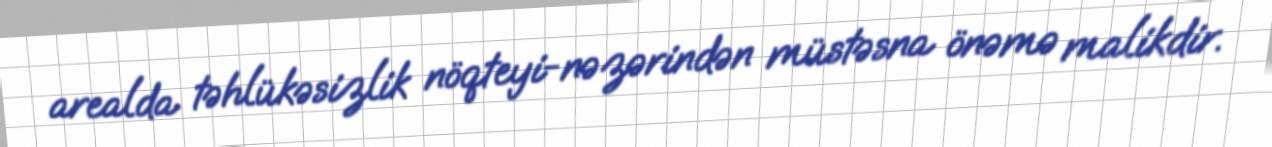
arealda təhlükəsizlik nöqteyi-nəzərindən müstəsna önəmə malikdir.